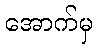
အောက်မှ